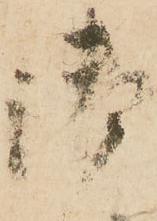
御